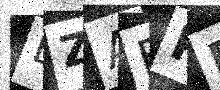
Text: EZAFPB